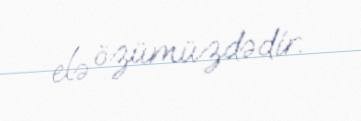
elə özümüzdədir.